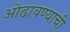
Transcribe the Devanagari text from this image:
ओढावण्याची